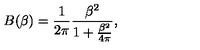
B ( \beta ) = \frac 1 { 2 \pi } \frac { \beta ^ { 2 } } { 1 + \frac { \beta ^ { 2 } } { 4 \pi } } ,